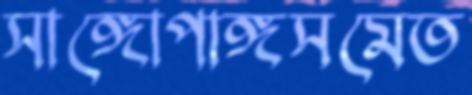
সাঙ্গোপাঙ্গসমেত